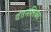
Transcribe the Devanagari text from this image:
दंतनलिका